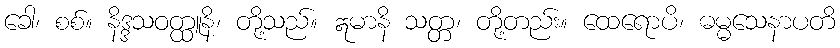
ခေါ၊ စစ်။ နိဒ္ဒသဝတ္ထူနိ၊ တို့သည်။ ဣမာနိ သတ္တ၊ တို့တည်း။ ထေရောပိ၊ ဓမ္မသေနာပတိ